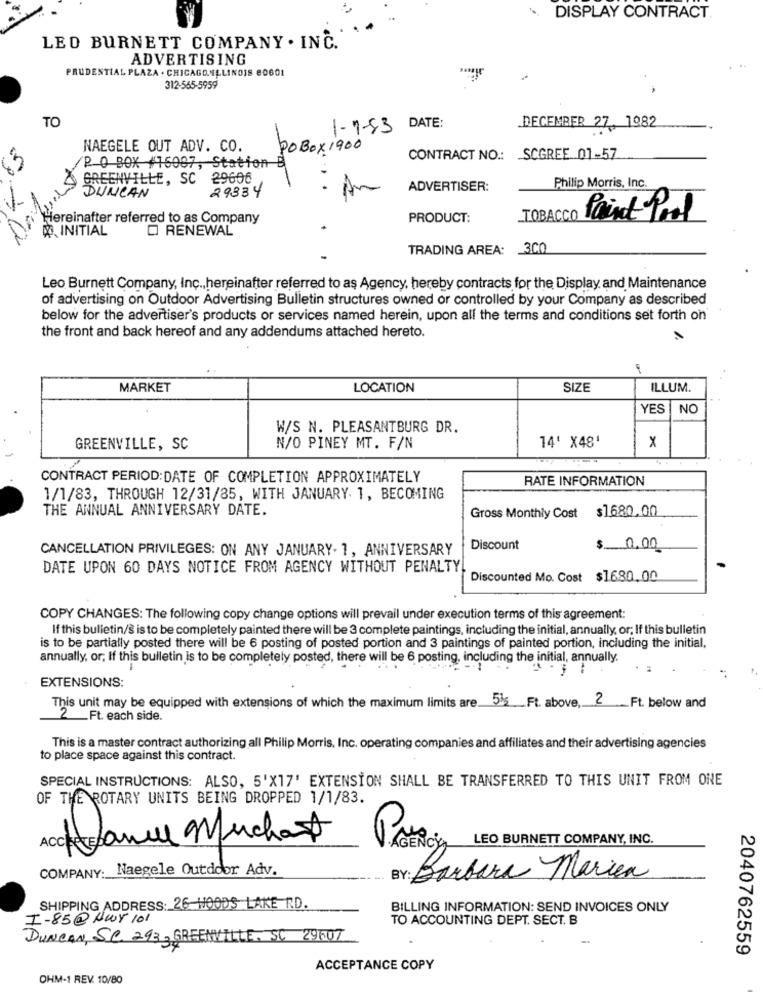
DISPLAY CONTRACT.
LEO BURNETT COMPANY . INC.
ADVERTISING
PRU
L PLAZA . CHICAGO,ILLINOIS 80601
312-565-5959
TO
1-7-83
DATE:
DECEMBER 27, 1982
NAEGELE OUT ADV. CO.
POBOX 1900
P O BOX #16007, Station B
CONTRACT NO .: SCGREE 01-57
GREENVILLE, SC 29606
Philip Morris, Inc.
29334
ADVERTISER:
DUNCAN
Hereinafter referred to as Company
PRODUCT:
TOBACCO Paint Pool
RENEWAL
W. INITIAL
TRADING AREA: 300
Leo Burnett Company, Inc ., hereinafter referred to as Agency, hereby contracts for the Display and Maintenance
of advertising on Outdoor Advertising Bulletin structures owned or controlled by your Company as described
below for the advertiser's products or services named herein, upon all the terms and conditions set forth on
the front and back hereof and any addendums attached hereto.
MARKET
LOCATION
SIZE
ILLUM.
YES
NO
W/S N. PLEASANTBURG DR.
GREENVILLE, SC
N/O PINEY MT. F/N
14' ×48'
x
CONTRACT PERIOD:DATE OF COMPLETION APPROXIMATELY
RATE INFORMATION
1/1/83, THROUGH 12/31/85, WITH JANUARY. 1, BECOMING
THE ANNUAL ANNIVERSARY DATE.
Gross Monthly Cost $1680.00
CANCELLATION PRIVILEGES: ON ANY JANUARY- 1, ANNIVERSARY
Discount
$ 0.00
DATE UPON 60 DAYS NOTICE FROM AGENCY WITHOUT PENALTY!
Discounted Mo. Cost $1680.00
COPY CHANGES: The following copy change options will prevail under execution terms of this agreement:
If this bulletin/s is to be completely painted there will be 3 complete paintings, including the initial, annually, or; If this bulletin
is to be partially posted there will be 6 posting of posted portion and 3 paintings of painted portion, including the initial,
annually, or; If this bulletin is to be completely posted, there will be 6 posting, including the initial, annually.
EXTENSIONS:
This unit may be equipped with extensions of which the maximum limits are 5% Ft. above, 2_ Ft. below and
2 Ft. each side.
This is a master contract authorizing all Philip Morris, Inc. operating companies and affiliates and their advertising agencies
to place space against this contract.
SPECIAL INSTRUCTIONS: ALSO, 5'X17' EXTENSION SHALL BE TRANSFERRED TO THIS UNIT FROM ONE
OF THE ROTARY UNITS BEING DROPPED 1/1/83.
LEO BURNETT COMPANY, INC.
Janne Muchast
COMPANY: Naegele Outdoor Adv.
BY: Barbara Marien
SHIPPING ADDRESS: 26-HOODS LAKE RD.
BILLING INFORMATION: SEND INVOICES ONLY
I-85@ Net 101
TO ACCOUNTING DEPT. SECT. B
DUNCAN, SC 2933 GREENVILLE. SC 29007
2040762559
ACCEPTANCE COPY
OHM-1 REV. 10/80